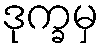
ဒုက္ခမှ